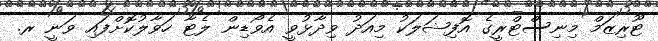
ޓޫރިޒަމް މިނިސްޓްރީގެ އޮފިޝަލަކު މިއަދު ވިދާޅުވީ އެވޯޑިން ލެޓާ ހަވާލުކޮށްފައި ވަނީ ރ.